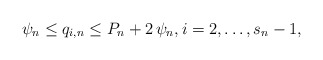
\begin{align*}\psi _{n}\leq q_{i,n}\leq P_{n}+2\,\psi _{n},i=2,\ldots ,s_{n}-1,\end{align*}